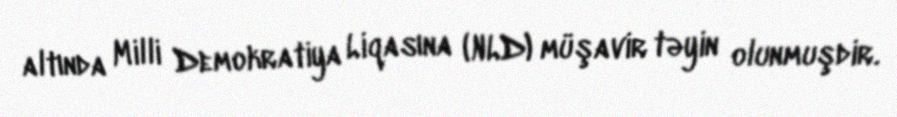
altında Milli Demokratiya Liqasına (NLD) müşavir təyin olunmuşdir.